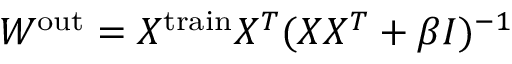
W ^ { \mathrm { o u t } } = X ^ { \mathrm { t r a i n } } X ^ { T } ( X X ^ { T } + \beta I ) ^ { - 1 }